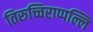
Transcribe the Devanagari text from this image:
तिरुच्चिराप्पल्लि